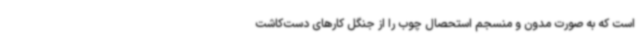
است که به صورت مدون و منسجم استحصال چوب را از جنگل کارهای دست‌کاشت